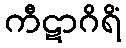
ကီဋာဂိရိံ